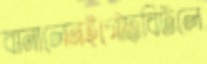
বানালেনইগৌঢ়বিটলে